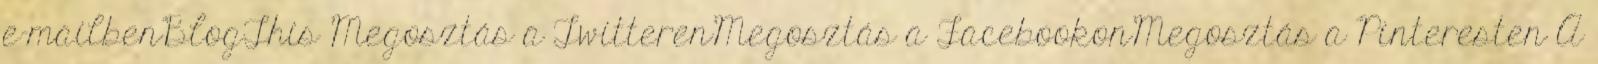
e-mailbenBlogThis Megosztás a TwitterenMegosztás a FacebookonMegosztás a Pinteresten A